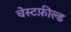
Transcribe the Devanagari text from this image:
चेस्टफ़ील्ड